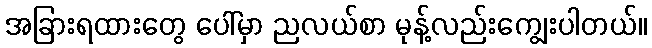
အခြားရထားတွေ ပေါ်မှာ ညလယ်စာ မုန့်လည်းကျွေးပါတယ်။